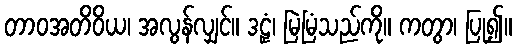
တာဝအတိဝိယ၊ အလွန်လျှင်။ ဒဠှံ၊ မြဲမြံသည်ကို။ ကတွာ၊ ပြု၍။